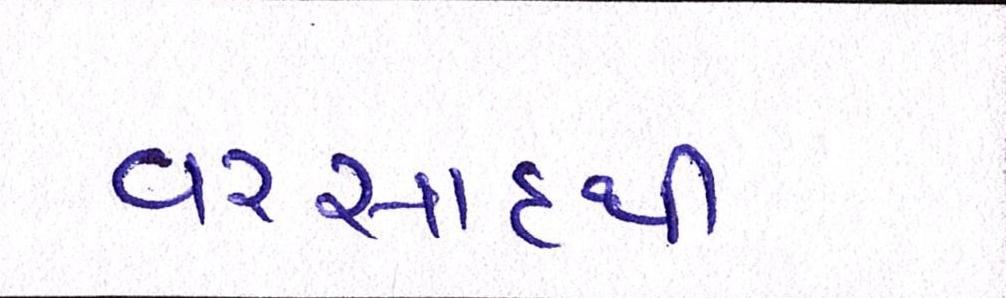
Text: વરસાદથી